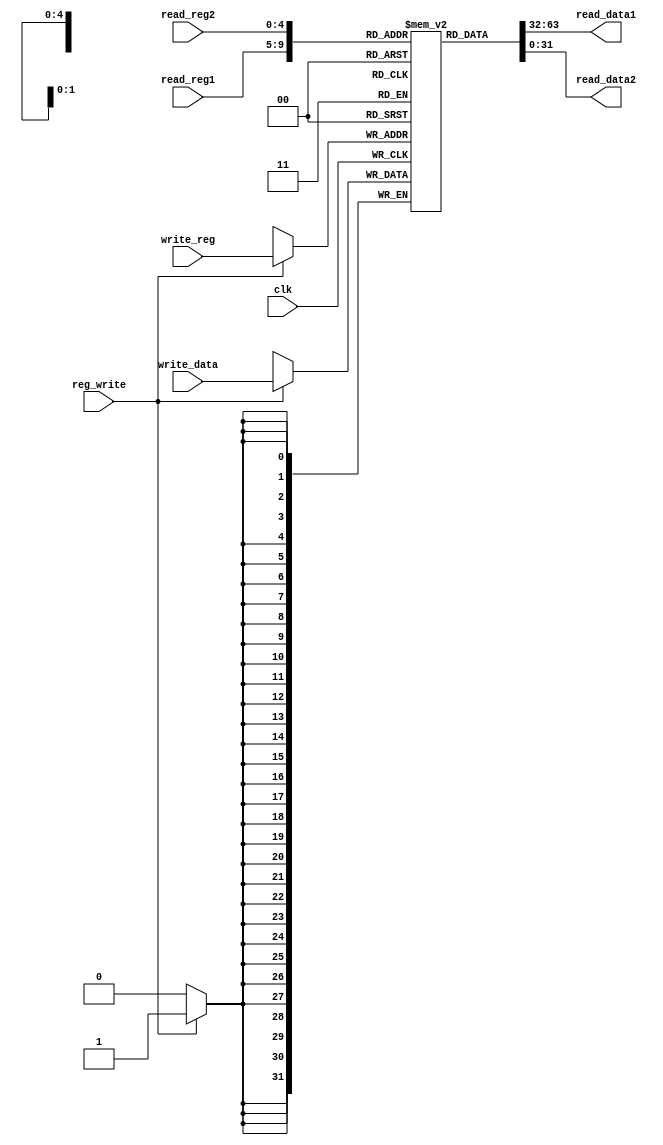
`timescale 1ns / 1ps

module registers(input clk, reg_write,
                 input [4:0] read_reg1, read_reg2, write_reg,
                 input [31:0] write_data,
                 output [31:0] read_data1, read_data2);

    reg [31:0] registers [0:31];
    integer i;
    // primul reg -> registers[0]
    // bit 2 din reg 5 -> registers[5][2]
    
    // initializam cu date
    initial begin
        for (i = 0; i < 32; i = i + 1)
            registers[i] = i;
    end
    // scriem asincron
    always @ (posedge clk) begin
        if (reg_write == 1) begin // scriem aici
            registers[write_reg] = write_data;
        end
    end
    // citim asincron
    assign read_data1 = registers[read_reg1];
    assign read_data2 = registers[read_reg2];
endmodule